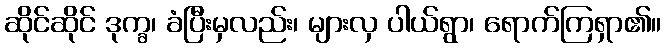
ဆိုင်ဆိုင် ဒုက္ခ၊ ခံပြီးမှလည်း၊ များလှ ပါယ်ရွာ၊ ရောက်ကြရှာ၏။